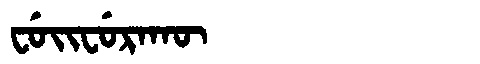
Manchu: ᠸᡠᡳᠸᡠᡵᠠᡴᡡ
Romanization: FUIFURAKŪ